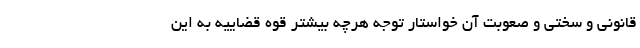
قانونی و سختی و صعوبت آن خواستار توجه هرچه بیشتر قوه قضاییه به این